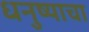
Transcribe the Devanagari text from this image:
धनुष्याचा